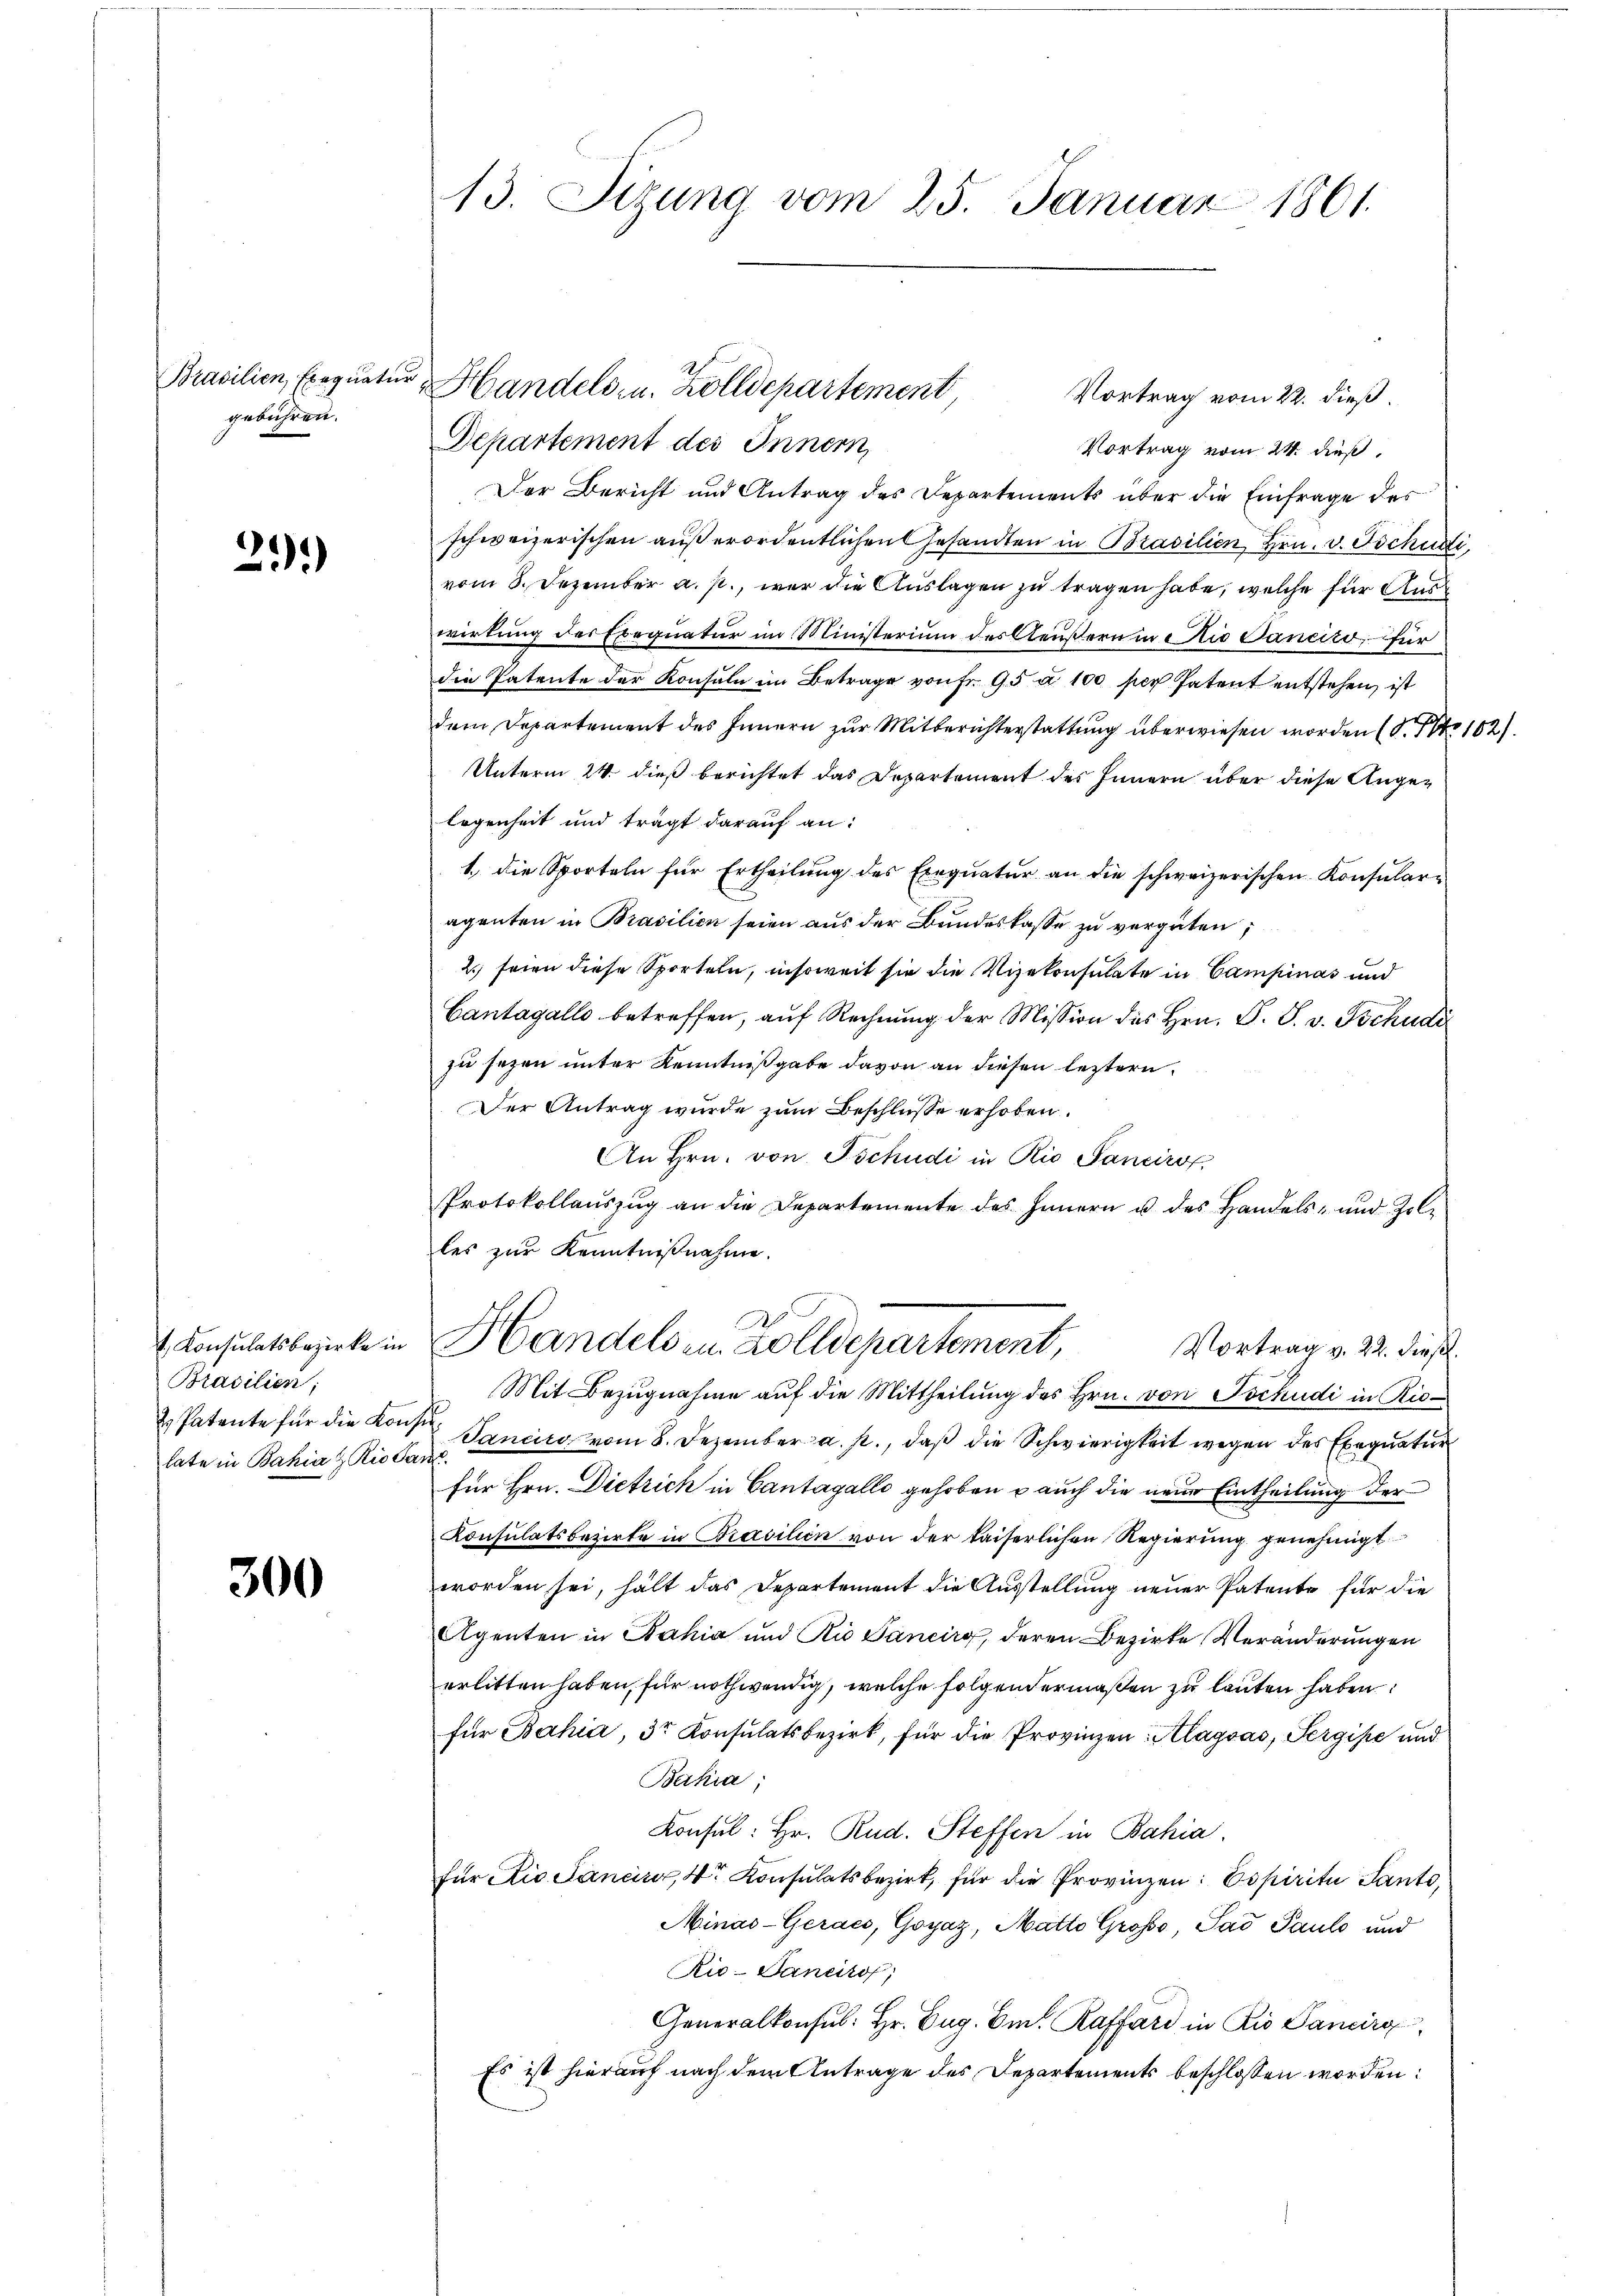
Brasilien, Exequati
gebühren.

23.)

t. Konsulatsbezirke in
Brasilien;
2. Patente für die Konst
late in Bahia & Rio Ca

300

13. Sizung vom 25. Januar 1861.

Vortrag vom 22. dieß.
Departement des Innern,
Vortrag vom 24. dieß,
Der Bericht und Antrag des Departements über die Einfrage des
schweizerischen außerordentlichen Gesandten in Brasilien Hrn. v. Tschudi
vom 8. Dezember a. p., war die Auslagen zu tragen habe, welche für Auswirkung der Exequatur im Ministerium des Aeußern in die Sanciro, für
die Patente der Konsuln im Betrage von Fr. 95 u. 100 per Patent entstehen, ist
dem Departement des Innern zur Mitberichterstattung überwiesen worden (S. No 102).
Unterm 24. dieß berichtet das Departement des Innern über diese Angelegenheit und trägt darauf an:
1. die Sporteln für Ertheilŭng des Exeqŭatŭr an die schweizerischen Konsularaganten in Brasilien seien aus der Bundeskasse zu vergüten;
2.) seien diese Sporteln, insoweit sie die Vizekonsulate in Campinas und
Cantagalle betreffen, aŭf Rechnŭng der Mission des Hrn. F. S. v. Tschudi
zu sezen unter Kenntnißgabe davon an diesen leztern
Der Antrag wurde zum Beschlüsse erhoben.
An Hrn. von Tschudi in Rio Sancirof
Protokollaŭszŭg an die Departemente des Innern u. des Handels- und Zolles zur Kenntnißnahme.
Handels in Zolldepartement,
Vortrag v. 22. dieß.
Mit Bezugnahme auf die Mittheilung des Hrn. von Tschudi in Rie¬
 Sanciro vom 8. Dezember a. p., daß die Schwierigkeit wegen des Exequatur
f
für Hrn. Dietrich in Cantagalle gehoben u auch die neue Eintheilung der
Konsulatsbasirte in Prasilien von der kaiserlichen Regierung genehmigt
worden sei, hält das Departement die Ausstellung neuer Patente für die
Agenten in Bahia und Rio Sancirg, deren Bezirke Veränderungen
erlitten haben, für nothwendig, welche folgendermaßen zu lauten haben:
für Bahia, 3r Konsulatsbezirk, für die Provinzen Alagsas, Sergife und
Bahia
Konsul: Hr. Rud. Steffen in Bahia
für die Sancier, 4r Konsulatsbezirk, für die Provinzen: Copiritu Panto,
Minas-Geracs, Goyaz, Matto Grosse, Sad Paul und
Ric- Sancitof;
Generalkonsul: Hr. Eug. Im Raffard in Rio Sancirg
Es ist hierauf nach dem Antrage des Departements beschlossen worden:

Handels- u. Zolldepartement,